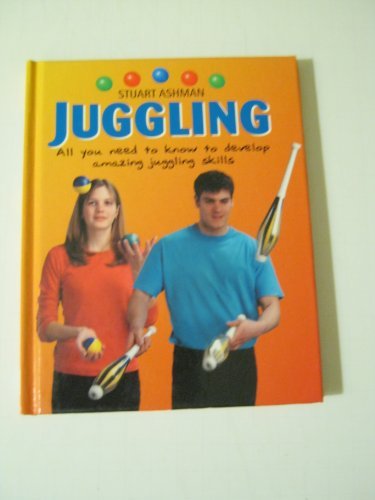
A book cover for Juggling: All You Need to Know to Develop Amazing Juggling Skills; Stuart Ashman; Sports & Outdoors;